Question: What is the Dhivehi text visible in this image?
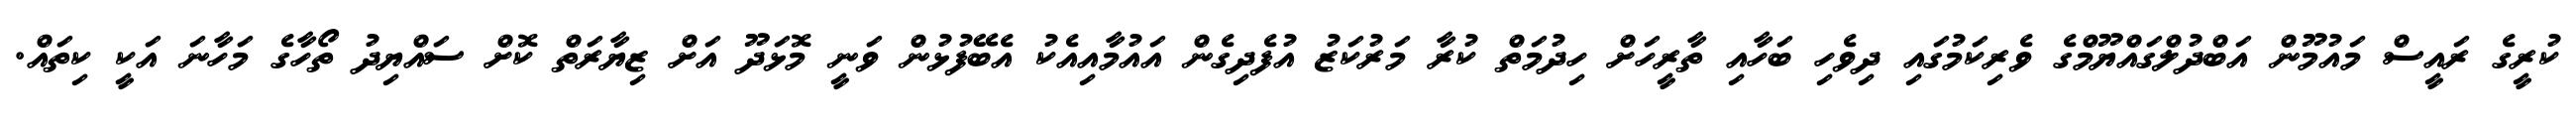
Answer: ކުރީގެ ރައީސް މައުމޫން އަބްދުލްގައްޔޫމްގެ ވެރިކަމުގައި ދިވެހި ބަހާއި ތާރީހަށް ހިދުމަތް ކުރާ މަރުކަޒު އުފެދިގެން އައުމާއިއެކު އެބޭފުޅުން ވަނީ މޮޅަދޫ އަށް ޒިޔާރަތް ކޮށް ސައްޔިދު ތޯހާގެ މަހާނަ އަކީ ކިތައް.